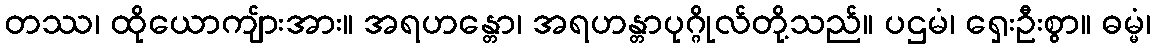
တဿ၊ ထိုယောကျ်ားအား။ အရဟန္တော၊ အရဟန္တာပုဂ္ဂိုလ်တို့သည်။ ပဌမံ၊ ရှေးဦးစွာ။ ဓမ္မံ၊